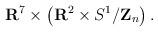
LaTeX: \begin{align*}{\bf R}^7\times \left( {\bf R}^2\times S^1/{\bf Z}_n \right).\end{align*}